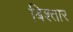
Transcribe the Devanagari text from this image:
बिश्तार